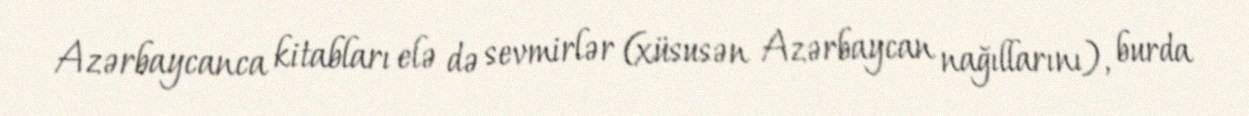
Azərbaycanca kitabları elə də sevmirlər (xüsusən Azərbaycan nağıllarını), burda